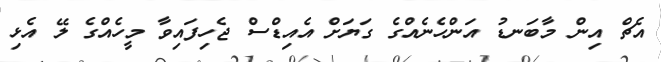
އެޗް އިން މާބަނޑު އަންހެނެއްގެ ގަޔަށް އެއިޑްސް ޖެހިފައިވާ މީހެއްގެ ލޭ އެޅި